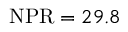
\mathrm { N P R } = 2 9 . 8